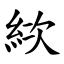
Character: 絘